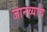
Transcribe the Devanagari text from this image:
जानव्याचे